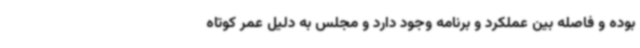
بوده و فاصله بین عملکرد و برنامه وجود دارد و مجلس به دلیل عمر کوتاه